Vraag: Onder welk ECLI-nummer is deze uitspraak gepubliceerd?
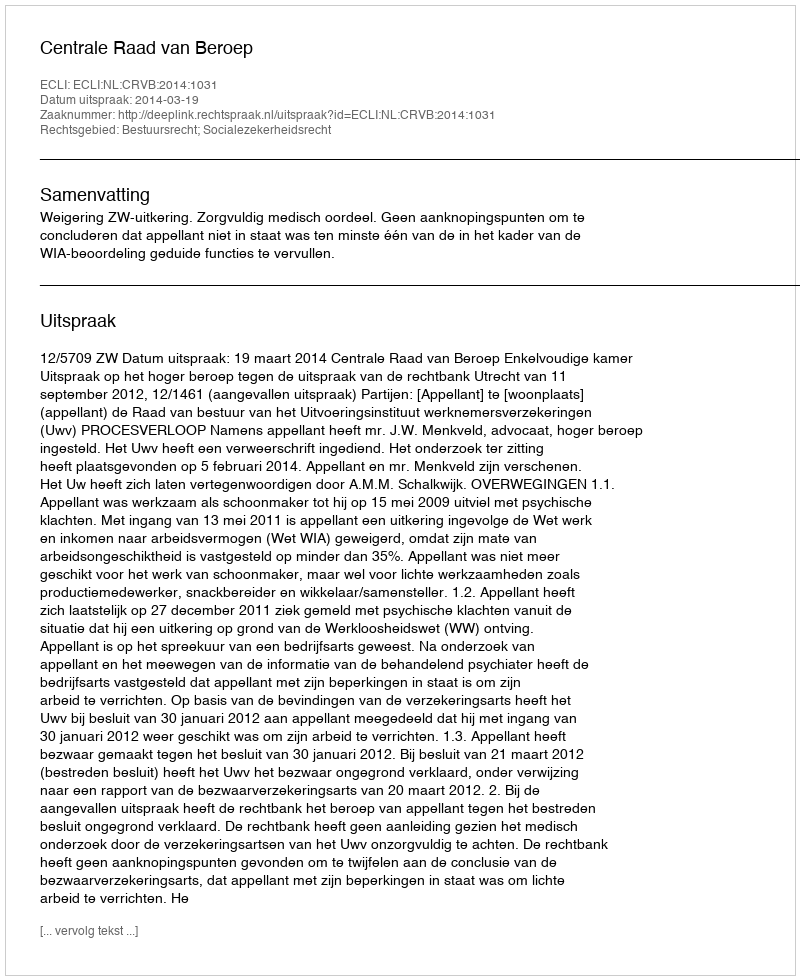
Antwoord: ECLI:NL:CRVB:2014:1031